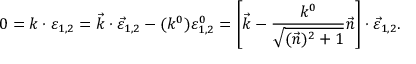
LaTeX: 0 = k \cdot \varepsilon _ { 1 , 2 } = \vec { k } \cdot \vec { \varepsilon } _ { 1 , 2 } - ( k ^ { 0 } ) \varepsilon _ { 1 , 2 } ^ { 0 } = \left[ \vec { k } - \frac { k ^ { 0 } } { \sqrt { ( \vec { n } ) ^ { 2 } + 1 } } \vec { n } \right] \cdot \vec { \varepsilon } _ { 1 , 2 } .